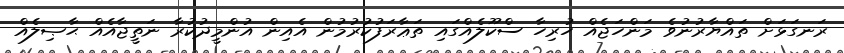
ރަނގަޅަށް ތައްޔާރުނުވެ މަންހަޖެއް ހުރިހާ ސްކޫލެއްގައި ތަޢާރަފުކުރުމުން އެއިން އުންމީދުކުރާ ނަތީޖާއެއް ޙާޞިލެއް